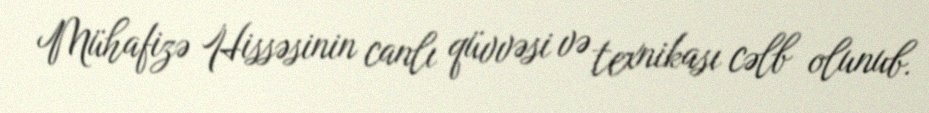
Mühafizə Hissəsinin canlı qüvvəsi və texnikası cəlb olunub.